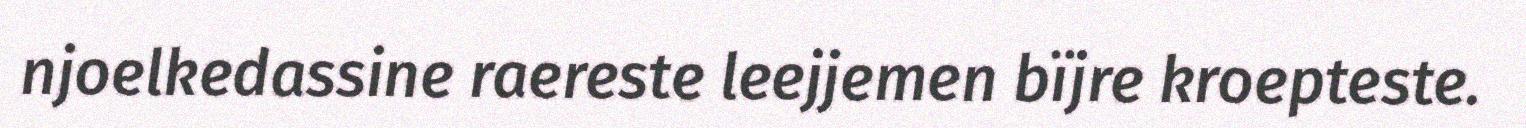
njoelkedassine raereste leejjemen bïjre kroepteste.